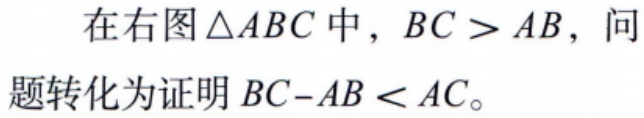
在右图$\triangle ABC$中，$BC > AB$，问题转化为证明\(BC - AB < AC\)。